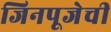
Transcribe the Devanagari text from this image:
जिनपूजेची